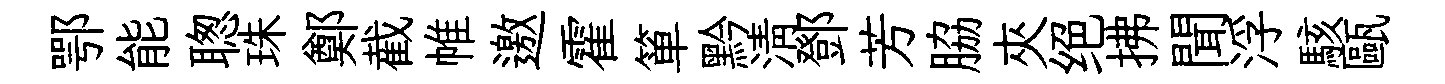
鄂能聦珠鄭截帷邀霍箪黔清鄧芳脇夾绝拂聞浮駭甌